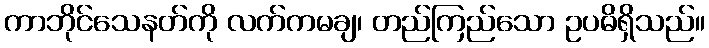
ကာဘိုင်သေနတ်ကို လက်ကမချ၊ တည်ကြည်သော ဥပဓိရှိသည်။